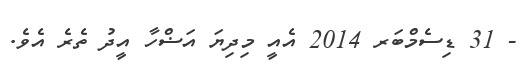
- 31 ޑިސެމްބަރ 2014 އެއީ މިދިޔަ އަޟްހާ އީދު ތެރެ އެވެ.